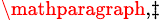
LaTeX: ^{\mathparagraph,\ddagger}